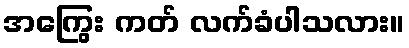
အကြွေး ကတ် လက်ခံပါသလား။